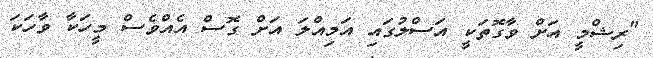
"ރިޝްމީ އަށް ވާގޮތަކީ އަސްލުގައި އަމިއްލަ އަށް ގޮސް އެއްވެސް މީހަކާ ވާހަކަ